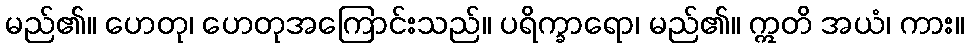
မည်၏။ ဟေတု၊ ဟေတုအကြောင်းသည်။ ပရိက္ခာရော၊ မည်၏။ ဣတိ အယံ၊ ကား။